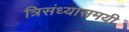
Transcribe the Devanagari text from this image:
त्रिसंध्यासमयी